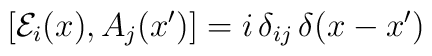
[{\cal E}_i(x), A_j(x')] = i\, \delta_{ij}\, \delta(x-x')